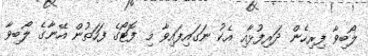
ލޯބިވާ ފިރިހެން ދަރިފުޅާއި އެކު ނަގައިފައިވާ މި ފޮޓޯގެ ފަހަތުން އޭނާގެ ލޯބިވާ